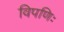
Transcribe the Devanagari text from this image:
विपणिः